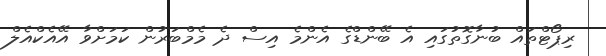
ރިޕޯޓްތައް ބުނާގޮތުގައި އެ ބޭންޑްގެ އެންމެ އިސް ދެ މެމްބަރުން ކަމަށްވާ އޭއެކްއެލް